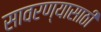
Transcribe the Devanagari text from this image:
सावरण्यासाठी